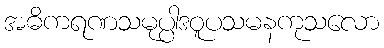
အဓိကရဏသမုပ္ပါဒဝူပသမနကုသလော